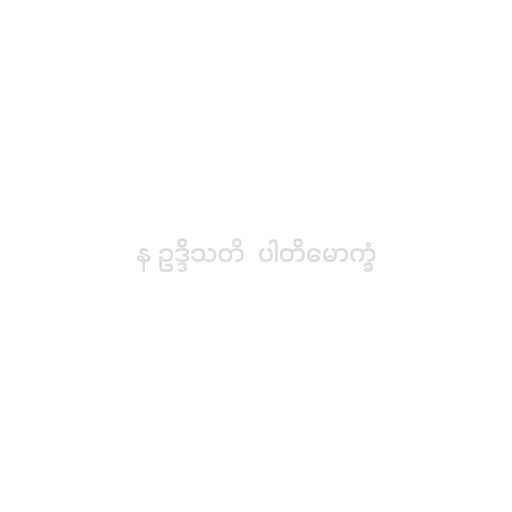
န ဥဒ္ဒိသတိ  ပါတိမောက္ခံ